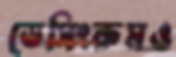
ড্রেসিংরুমও